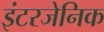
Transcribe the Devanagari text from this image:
इंटरजेनिक